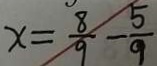
x = \frac { 8 } { 9 } - \frac { 5 } { 9 }